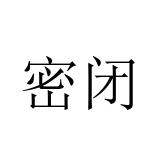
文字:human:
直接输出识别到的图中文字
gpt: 密闭